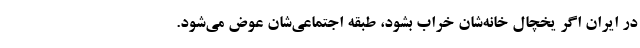
در ایران اگر یخچال خانه‌شان خراب بشود، طبقه اجتماعی‌شان عوض می‌شود.